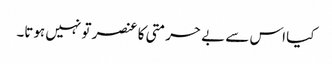
کیا اس سے بے حرمتی کا عنصر تو نہیں ہوتا۔